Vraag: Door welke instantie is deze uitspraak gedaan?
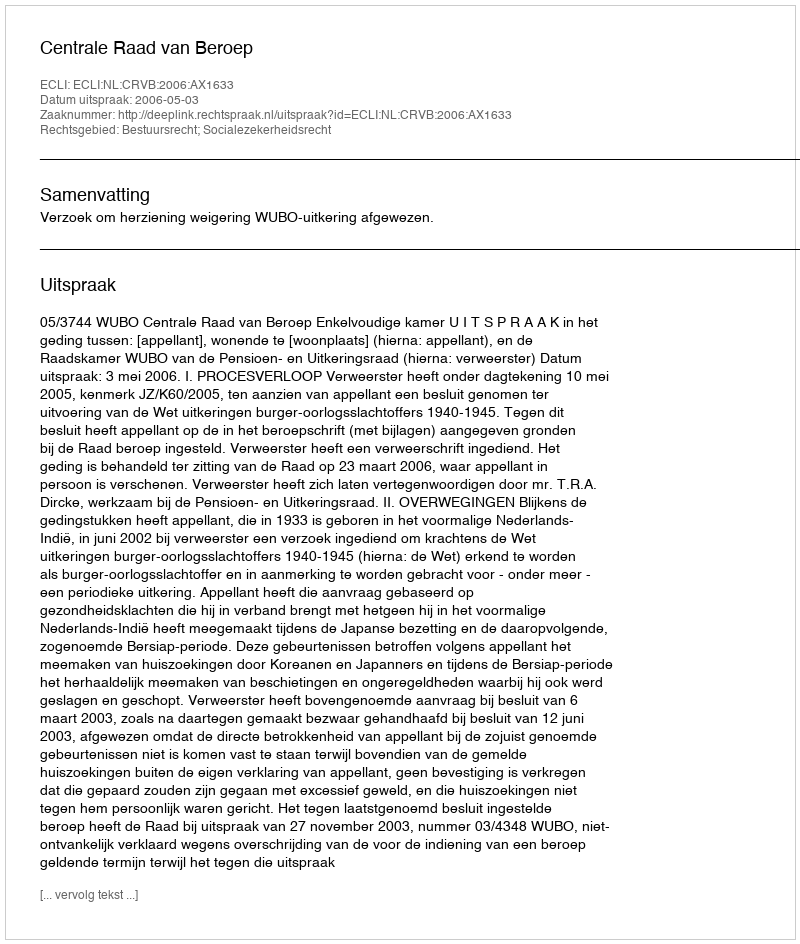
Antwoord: Centrale Raad van Beroep